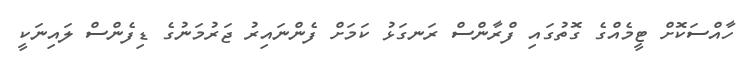
ހާއްސަކޮށް ޓީމެއްގެ ގޮތުގައި ފްރާންސް ރަނގަޅު ކަމަށް ފެންނައިރު ޖަރުމަނުގެ ޑިފެންސް ލައިނަކީ